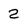
Character: 2